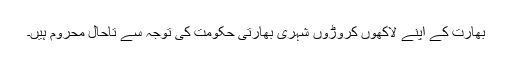
بھارت کے اپنے لاکھوں کروڑوں شہری بھارتی حکومت کی توجہ سے تاحال محروم ہیں۔